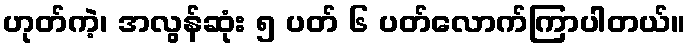
ဟုတ်ကဲ့၊ အလွန်ဆုံး ၅ ပတ် ၆ ပတ်လောက်ကြာပါတယ်။